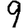
Digit: 9